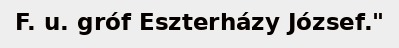
F. u. gróf Eszterházy József."